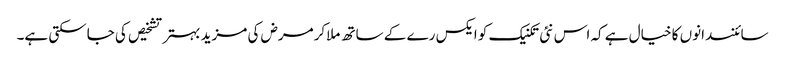
سائنسدانوں کا خیال ہے کہ اس نئی تکنیک کو ایکس رے کے ساتھ ملاکرمرض کی مزید بہتر تشخیص کی جاسکتی ہے۔